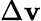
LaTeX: \Delta\mathbf{v}